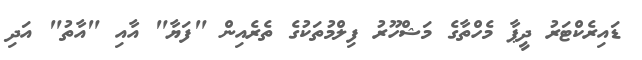
ޑައިރެކްޓަރު ދީޕާ މެހްތާގެ މަޝްހޫރު ފިލްމުތަކުގެ ތެރެއިން "ފަޔާ" އާއި "އާތު" އަދި